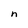
Character: n